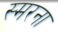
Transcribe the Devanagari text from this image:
स्मरना